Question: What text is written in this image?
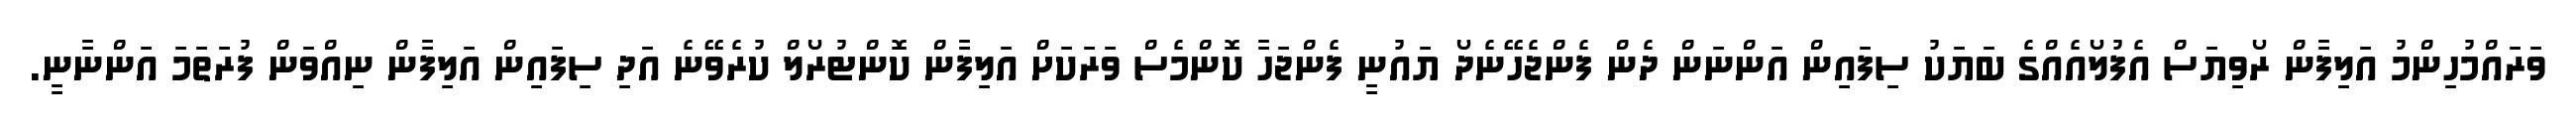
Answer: ވަރައްމުހިންމު އަލިފާން ރޯވިޔަސް އެފުލޯއެއްގެ ބަޔަކު ސިފައިން އަންނަން ދެން ފެންޖެހޭނެދޯ ޔައުނީ ފެންޖަހާ ކޮންމެސް ވަރަކަށް އަލިފާން ކޮންޓުރޯލް ކުރެވޭނެ އަދި ސިފައިން އަލިފާން ނިއްވަން ފުރަތަމަ އަންނާނީ.